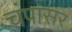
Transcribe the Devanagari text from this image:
चंपासर